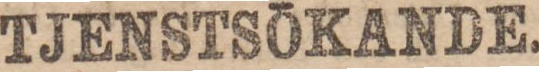
TJENSTSÖKANDE.